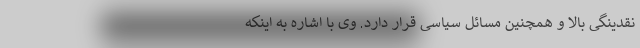
نقدینگی بالا و همچنین مسائل سیاسی قرار دارد. وی با اشاره به اینکه